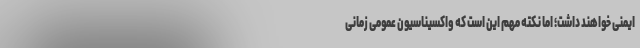
ایمنی خواهند داشت؛ اما نکته مهم این است که واکسیناسیون عمومی زمانی